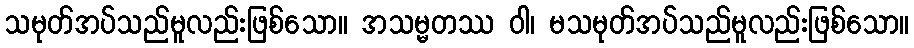
သမုတ်အပ်သည်မူလည်းဖြစ်သော။ အသမ္မတဿ ဝါ၊ မသမုတ်အပ်သည်မူလည်းဖြစ်သော။